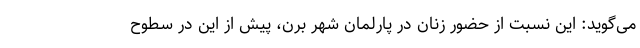
می‌گوید: این نسبت از حضور زنان در پارلمان شهر برن، پیش از این در سطوح